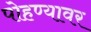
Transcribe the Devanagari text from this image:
पोहण्यावर